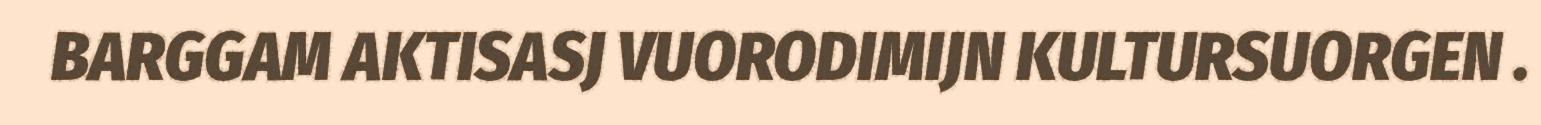
BARGGAM AKTISASJ VUORODIMIJN KULTURSUORGEN .